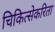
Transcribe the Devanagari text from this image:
चिकित्सेकरिता